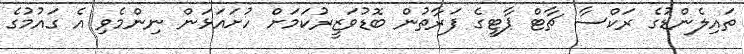
ތައިލެންޑުގެ ރަކްސާ ޗާޓް ޕާޓީގެ ފަރާތުން ބޮޑުވަޒީރުކަމަށް ހުށައަޅަން ނިންމެވި އެ ގައުމުގެ